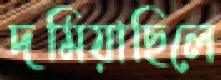
দমিয়াছিলে